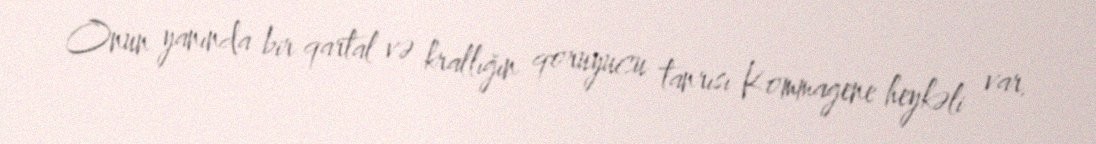
Onun yanında bir qartal və krallığın qoruyucu tanrısı Kommagene heykəli var.